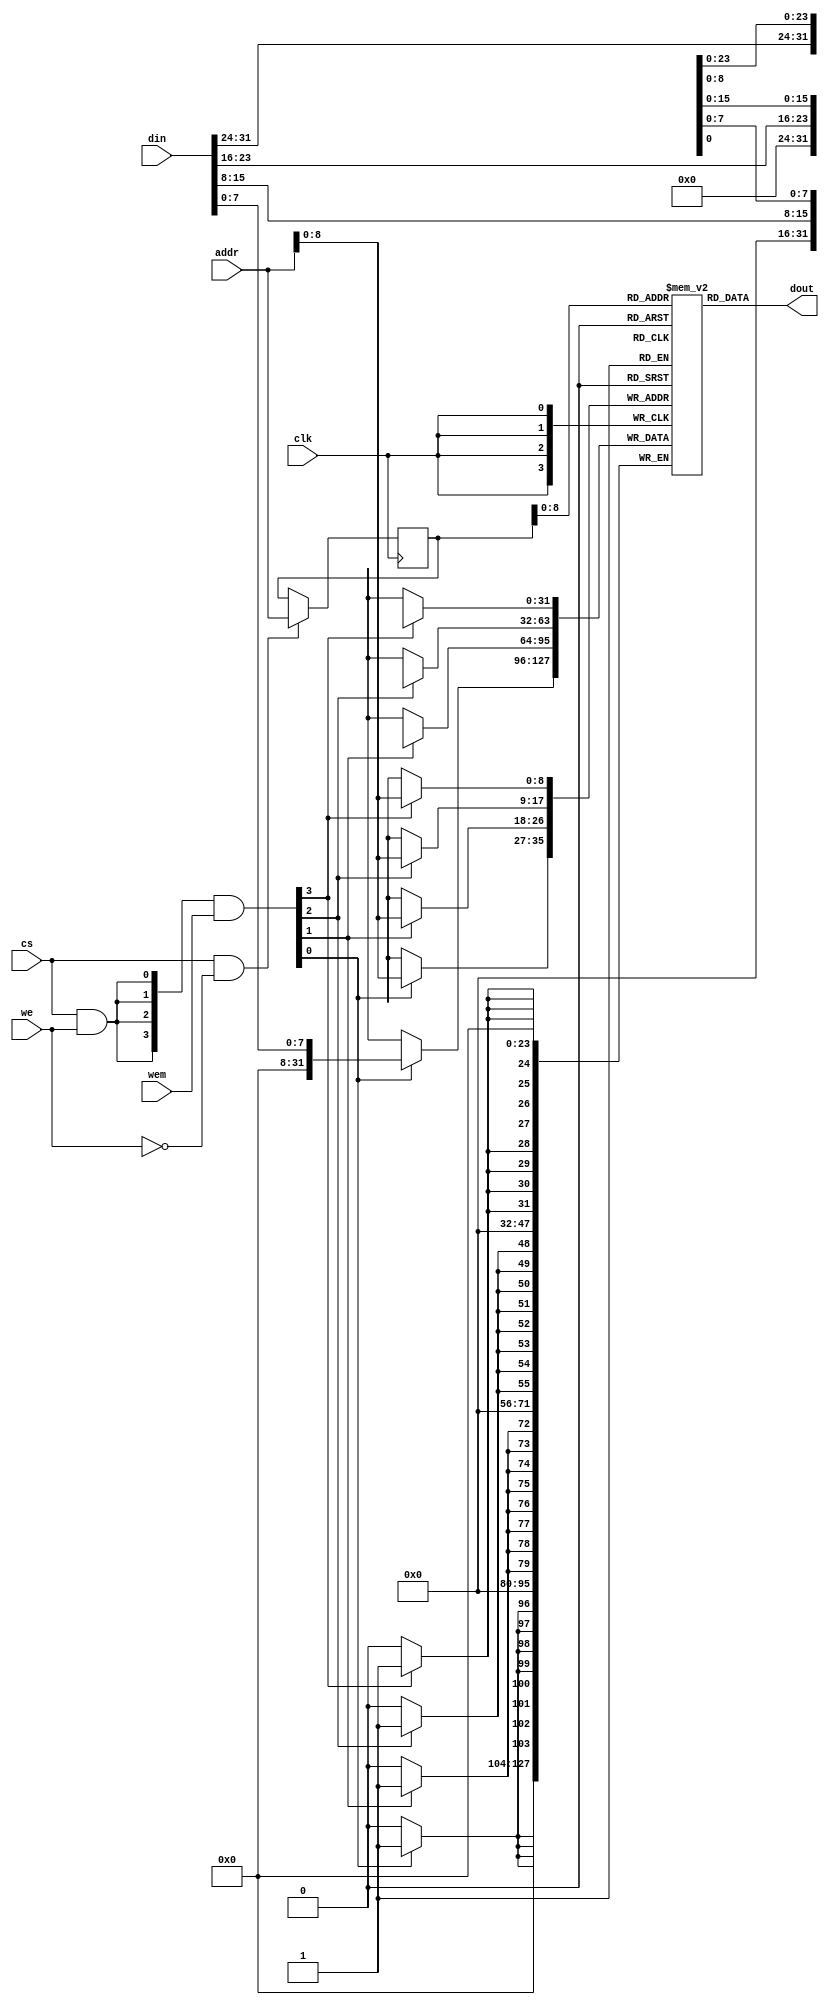
 /*                                                                      
 Copyright 2018-2020 Nuclei System Technology, Inc.                
                                                                         
 Licensed under the Apache License, Version 2.0 (the "License");         
 you may not use this file except in compliance with the License.        
 You may obtain a copy of the License at                                 
                                                                         
     http://www.apache.org/licenses/LICENSE-2.0                          
                                                                         
  Unless required by applicable law or agreed to in writing, software    
 distributed under the License is distributed on an "AS IS" BASIS,       
 WITHOUT WARRANTIES OR CONDITIONS OF ANY KIND, either express or implied.
 See the License for the specific language governing permissions and     
 limitations under the License.                                          
 */                                                                      
                                                                         
                                                                         
                                                                         
//=====================================================================
//
// Designer   : Bob Hu
//
// Description:
//  The simulation model of SRAM
//
// ====================================================================
module sirv_sim_ram 
#(parameter DP = 512,
  parameter FORCE_X2ZERO = 0,
  parameter DW = 32,
  parameter MW = 4,
  parameter AW = 32 
)
(
  input             clk, 
  input  [DW-1  :0] din, 
  input  [AW-1  :0] addr,
  input             cs,
  input             we,
  input  [MW-1:0]   wem,
  output [DW-1:0]   dout
);

    reg [DW-1:0] mem_r [0:DP-1];
    reg [AW-1:0] addr_r;
    wire [MW-1:0] wen;
    wire ren;

    assign ren = cs & (~we);
    assign wen = ({MW{cs & we}} & wem);



    genvar i;

    always @(posedge clk)
    begin
        if (ren) begin
            addr_r <= addr;
        end
    end

    generate
      for (i = 0; i < MW; i = i+1) begin :mem
        if((8*i+8) > DW ) begin: last
          always @(posedge clk) begin
            if (wen[i]) begin
               mem_r[addr][DW-1:8*i] <= din[DW-1:8*i];
            end
          end
        end
        else begin: non_last
          always @(posedge clk) begin
            if (wen[i]) begin
               mem_r[addr][8*i+7:8*i] <= din[8*i+7:8*i];
            end
          end
        end
      end
    endgenerate

  wire [DW-1:0] dout_pre;
  assign dout_pre = mem_r[addr_r];

  generate
   if(FORCE_X2ZERO == 1) begin: force_x_to_zero
      for (i = 0; i < DW; i = i+1) begin:force_x_gen 
          `ifndef SYNTHESIS//{
         assign dout[i] = (dout_pre[i] === 1'bx) ? 1'b0 : dout_pre[i];
          `else//}{
         assign dout[i] = dout_pre[i];
          `endif//}
      end
   end
   else begin:no_force_x_to_zero
     assign dout = dout_pre;
   end
  endgenerate

 
endmodule